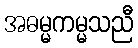
အဓမ္မကမ္မသညီ